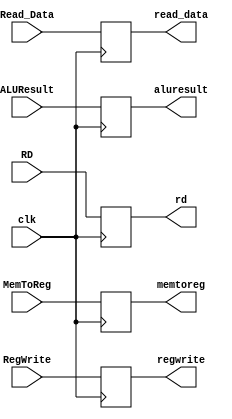
`timescale 1ns / 1ps
module MEM_WB(
    input clk,
   
    input wire MemToReg, RegWrite,
   
    input wire [63:0] Read_Data, ALUResult,
   
    input wire [4:0] RD,  
   
    output reg memtoreg, regwrite,
   
    output reg [63:0] read_data, aluresult,
   
    output reg [4:0] rd    
     
    );
    
initial
begin
    memtoreg <= 0;
    regwrite <= 0;
end
   
    always @ (posedge clk)
    begin
        memtoreg <= MemToReg;
        regwrite <= RegWrite;
        read_data <= Read_Data;
        aluresult <= ALUResult;
        rd <= RD;
    end
endmodule